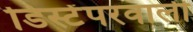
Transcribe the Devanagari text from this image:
डिस्टेंपरवाली